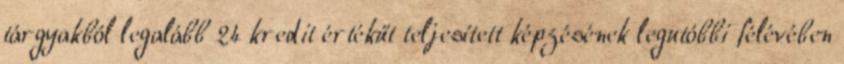
tárgyakból legalább 24 kredit értékűt teljesített képzésének legutóbbi félévében